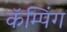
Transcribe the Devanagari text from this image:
कॅम्पिंग